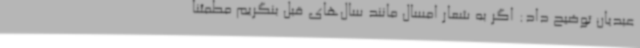
عبدیان توضیح داد: اگر به شعار امسال مانند سال‌های قبل بنگریم مطمئنا